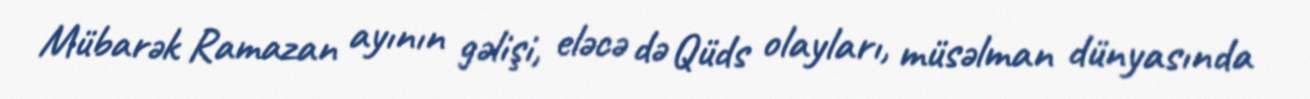
Mübarək Ramazan ayının gəlişi, eləcə də Qüds olayları, müsəlman dünyasında